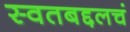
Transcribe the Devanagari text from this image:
स्वतबद्दलचं